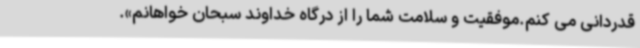
قدردانی می کنم.موفقیت و سلامت شما را از درگاه خداوند سبحان خواهانم».